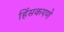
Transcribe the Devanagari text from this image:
हिंसकपणे